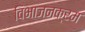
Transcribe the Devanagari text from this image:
विभाजनक्रम